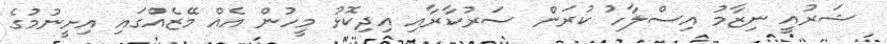
ޝަރުއީ ނިޒާމު އިސްލާހު ކުރަން ސަރުކާރާއި އިދިކޮޅު މީހުން އެއް މޭޒެއްގައި އިށީނުމުގެ